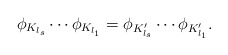
\begin{align*}\phi_{K_{l_s}} \cdots \phi_{K_{l_1}} = \phi_{K_{l_s}'} \cdots \phi_{K_{l_1}'}.\end{align*}